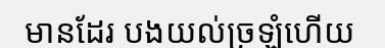
មានដែរ បងយល់ច្រឡំហើយ